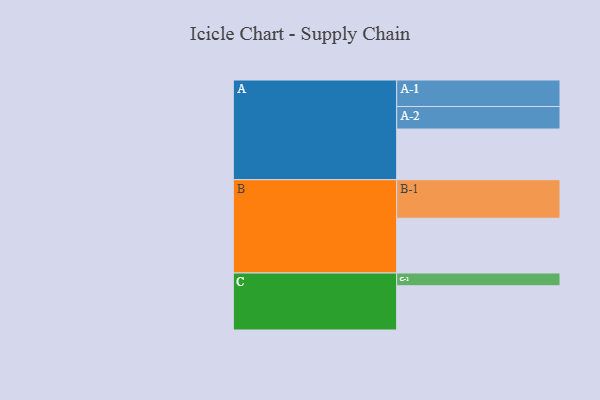
{"axis": {"x": "Segment", "y": "Value"}, "legend": ["", "A", "B", "C"], "data": [{"x": "A", "y": 382, "type": ""}, {"x": "B", "y": 413, "type": ""}, {"x": "C", "y": 334, "type": ""}, {"x": "A-1", "y": 200, "type": "A"}, {"x": "A-2", "y": 170, "type": "A"}, {"x": "B-1", "y": 291, "type": "B"}, {"x": "C-1", "y": 96, "type": "C"}]}